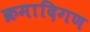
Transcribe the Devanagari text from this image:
क्रमादिगण